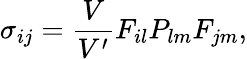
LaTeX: \sigma_{ij}=\frac{V}{V^{\prime}}F_{il}P_{lm}F_{jm},